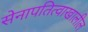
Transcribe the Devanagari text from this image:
सेनापतित्वाखालील